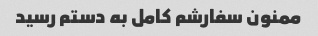
ممنون سفارشم کامل به دستم رسید